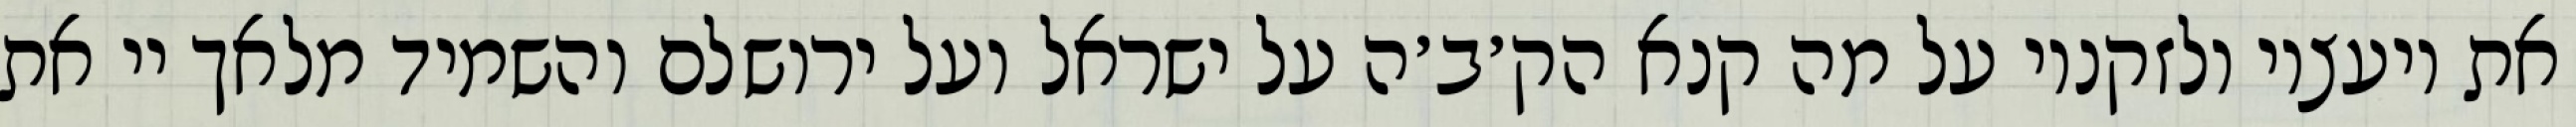
את יועציו ולזקניו על מה קנא הק׳ב׳ה על ישראל ועל ירושלם והשמיד מלאך יי את